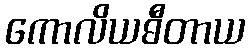
ကောလိယဓီတာယ